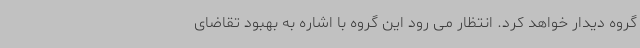
گروه دیدار خواهد کرد. انتظار می رود این گروه با اشاره به بهبود تقاضای